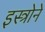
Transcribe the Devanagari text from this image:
इस्त्रोने